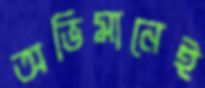
অভিমানেই